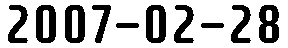
2007-02-28